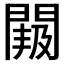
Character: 𮤐